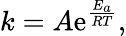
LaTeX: k=A\mathrm{e}^{\frac{{E_{a}}}{{RT}}},